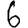
Digit: 6